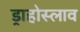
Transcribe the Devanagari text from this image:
ड्राहोस्लाव